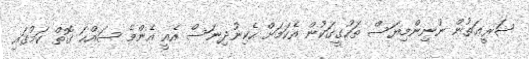
ޝަރީޢަތުން ނުނިންމިޔަސް ތަހުގީގަކުން އެކަމަށް ހެކިނުދިނަސް އެއީ އެންމެ ސައްޚަ ގޮތް ކަމުގައި